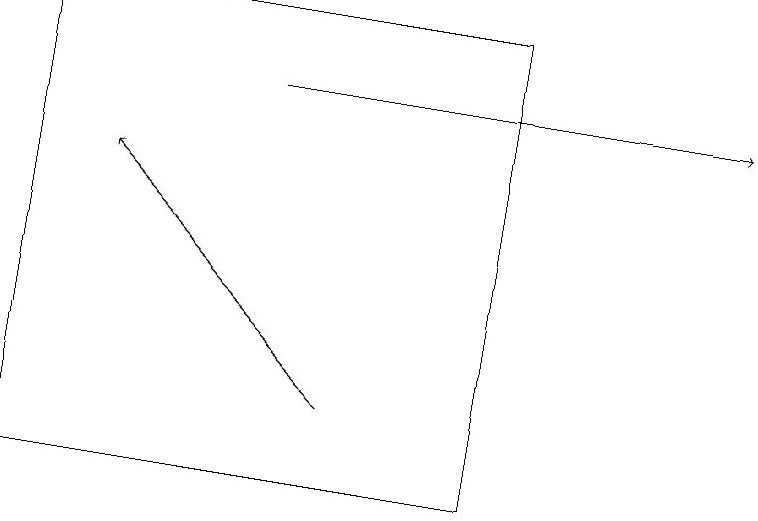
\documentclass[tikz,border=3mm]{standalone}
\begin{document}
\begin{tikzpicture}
\draw (0,12) rectangle (6,18);
\draw[->] (4,13) -- (1,16);
\draw[->] (3,17) -- (9,17);
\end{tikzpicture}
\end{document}